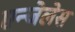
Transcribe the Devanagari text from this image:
एन्जेलेस